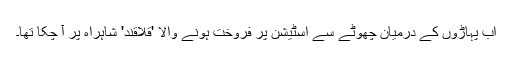
اب پہاڑوں کے درمیان چھوٹے سے اسٹیشن پر فروخت ہونے والا 'قلاقند' شاہراہ پر آ چکا تھا۔